Vabadussoja_Ajaloo_Komitee, lk 18
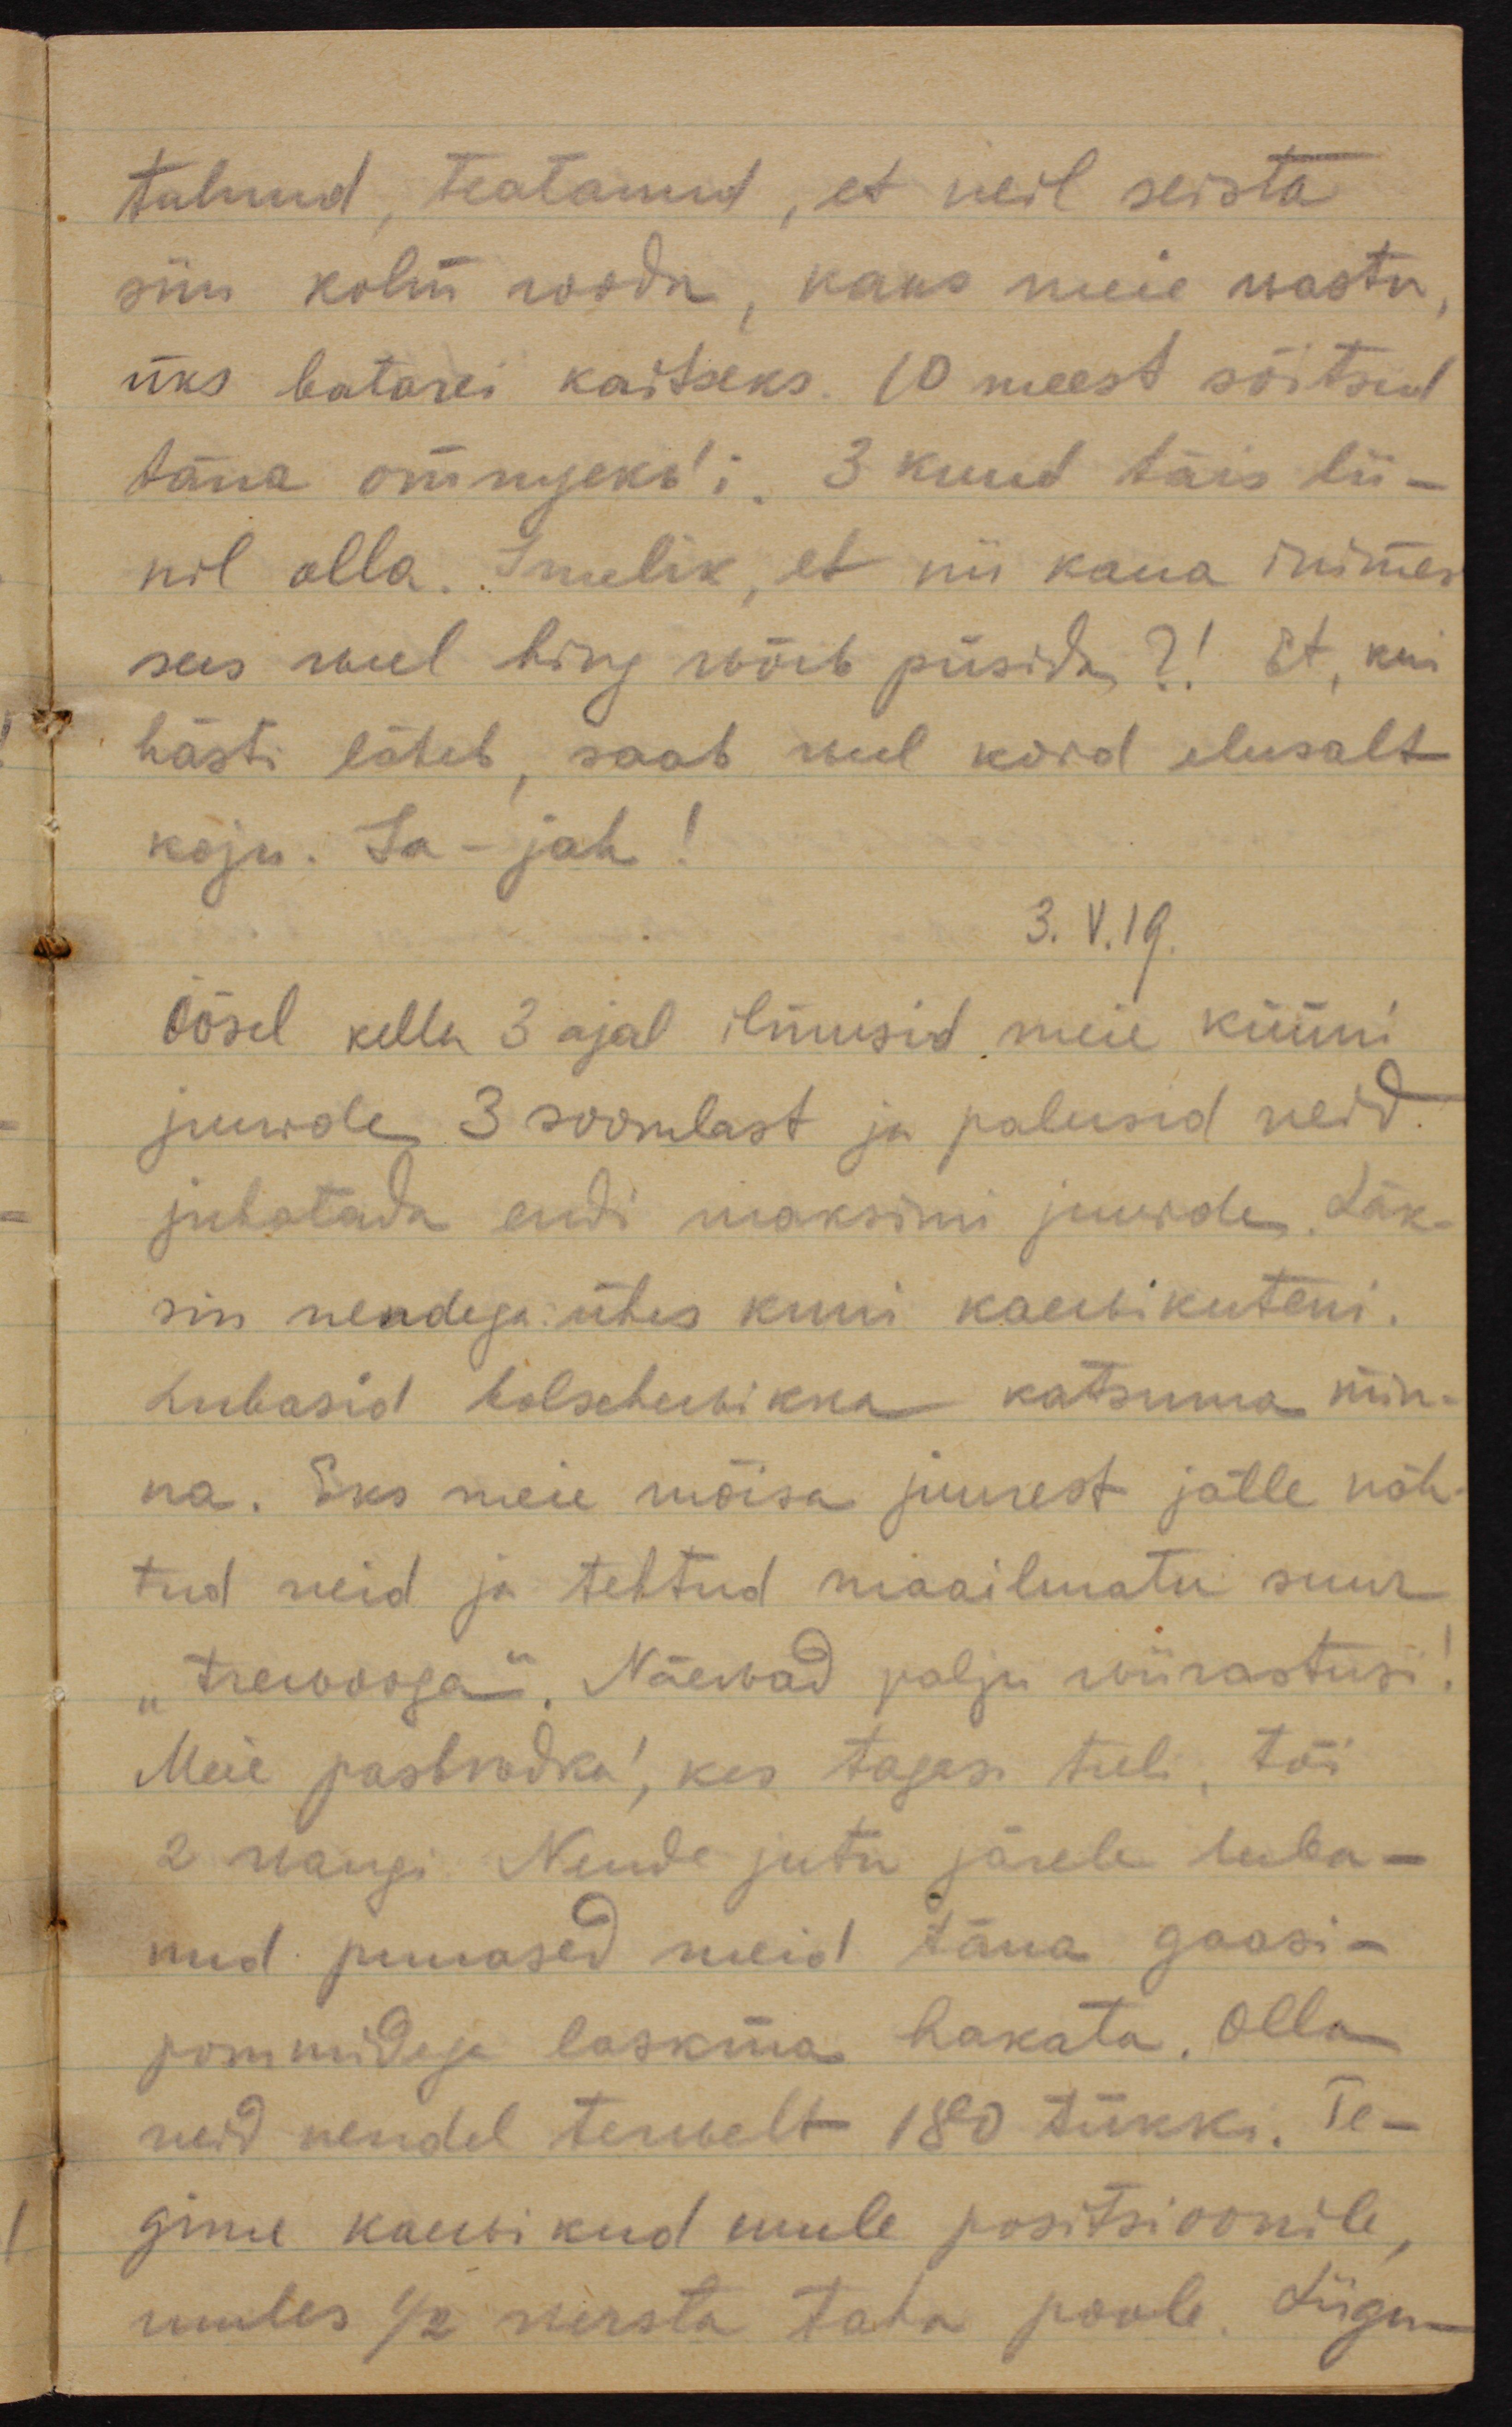
tulnud, teatanud, et neil seista
siin kolm roodu, kaks meie wastu,
üks batarei kaitseks. 10 meest sõitsid
täna отпускъ´i. 3 kuud täis lii-
nil olla. Imelik, et nii kaua inimes
sees weel hing wõib püsida?! Et, kui
hästi läheb, saab weel kord elusalt
koju. Ja - jah!
3.V.19.
Öösel kella 3 ajal ilmusid meie küüni
juurde 3 soomlast ja palusid neid
juhatada endi maksimi juurde. Läk-
sin nendega ühes kuni kaewikuteni.
Lubasin bolschewikke katsuma min-
na. Eks meie mõisa juurest jälle näh-
tud neid ja tehtud maailmatu suur
"trewooga". Näewad palju wiirastusi!
Meie разведка´, kes tagasi tuli, tõi
2 wangi. Nende jutu järele luba-
nud punased meid täna gaasi-
pommidega laskma hakata. Olla
neid nendel terwelt 180 tükki. Te-
gime kaewikud uuele positsioonile, 
umbes 1/2 wersta taha poole. Liigu-